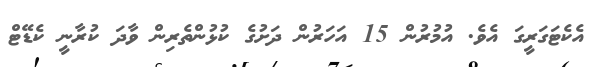
އެކެޓަގަރީގަ އެވެ. އުމުރުން 15 އަހަރުން ދަށުގެ ކުޅުންތެރިން ވާދަ ކުރާނީ ކެޑޭޓް